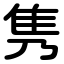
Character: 隽